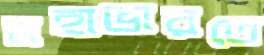
মহাভারতে